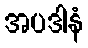
အပဒါနံ